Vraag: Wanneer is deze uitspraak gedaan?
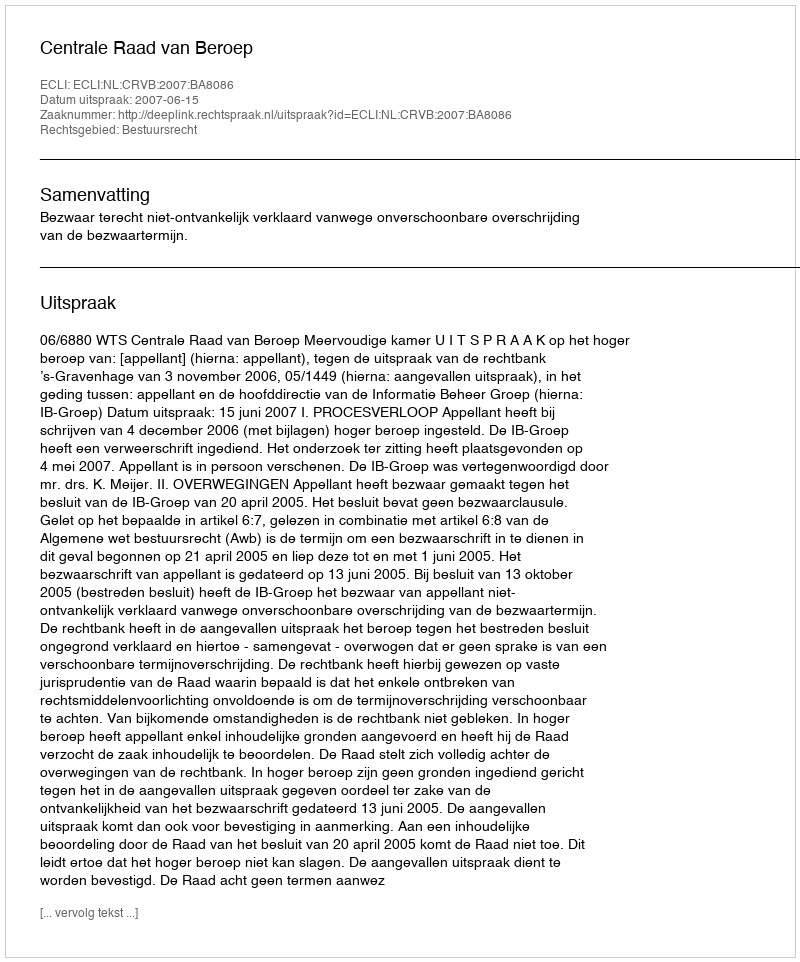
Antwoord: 2007-06-15